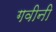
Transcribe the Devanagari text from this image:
गवीनी